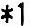
*1